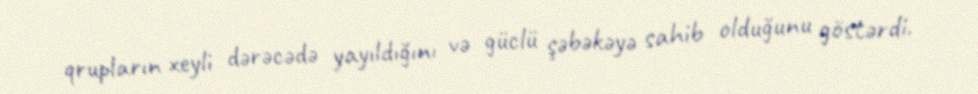
qrupların xeyli dərəcədə yayıldığını və güclü şəbəkəyə sahib olduğunu göstərdi.